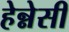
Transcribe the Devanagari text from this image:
हेन्नेसी